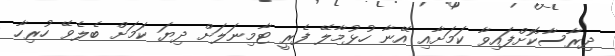
ދިރާސާކޮށްފައިވާ ކަމަށާއި އޭނާ ހުޅުމާލޭ ފެރީ ޓާމިނަލަށް ދިޔަ ކަމަށް ބެލެވޭ ހުރިހާ